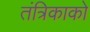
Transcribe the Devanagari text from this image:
तंत्रिकाको